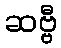
ဆဗ္ဗီ